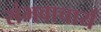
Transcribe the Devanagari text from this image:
संभवाचार्य